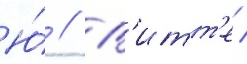
Ю́ // В'итт'е /